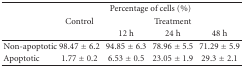
<table><thead><tr><td></td><td colspan="4"><b>Percentage of cells (%)</b></td></tr><tr><td></td><td><b>Control</b></td><td colspan="3"><b>Treatment</b></td></tr><tr><td></td><td></td><td><b>12 h</b></td><td><b>24 h</b></td><td><b>48 h</b></td></tr></thead><tbody><tr><td>Non-apoptotic</td><td>98.47 ± 6.2</td><td>94.85 ± 6.3</td><td>78.96 ± 5.5</td><td>71.29 ± 5.9</td></tr><tr><td>Apoptotic</td><td>1.77 ± 0.2</td><td>6.53 ± 0.5</td><td>23.05 ± 1.9</td><td>29.3 ± 2.1</td></tr></tbody></table>